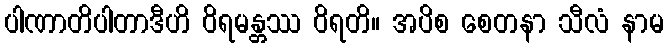
ပါဏာတိပါတာဒီဟိ ဝိရမန္တဿ ဝိရတိ။ အပိစ စေတနာ သီလံ နာမ